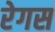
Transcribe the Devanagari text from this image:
रेगस